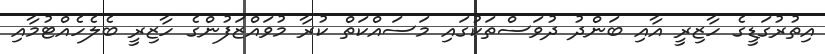
އިތުރުގަޑީގެ ހާޒިރީ އާއި ބަންދު ދުވަސްތަކުގައި މަސައްކަތް ކުރާ މުވައްޒަފުންގެ ހާޒިރީ ބެލެހެއްޓުމާއި